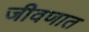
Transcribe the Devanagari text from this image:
जीवणात